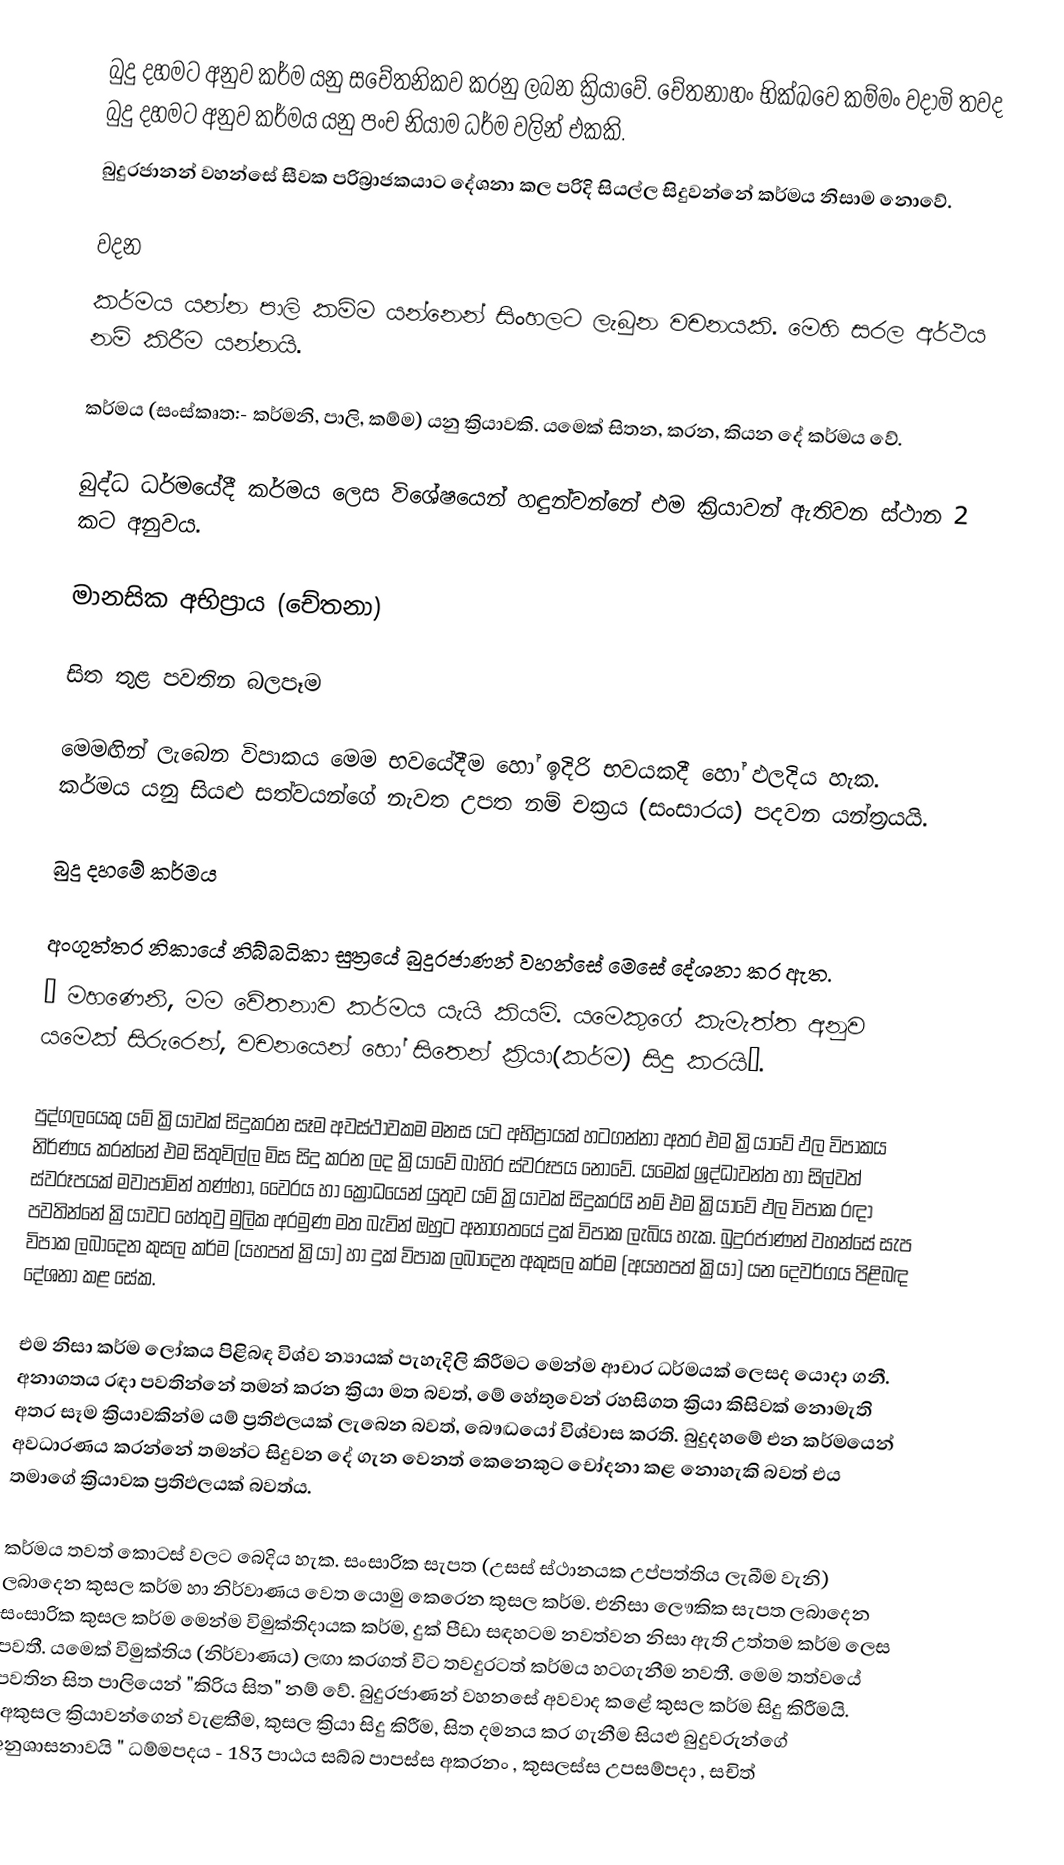
බුදු දහමට අනුව කර්ම යනු සචේතනිකව කරනු ලබන ක්‍රියාවේ. චේතනාහං භික්ඛවෙ කම්මං වදාමි  තවද බුදු දහමට අනුව කර්මය යනු පංච නියාම ධර්ම වලින් එකකි.
 බුදුරජානන් වහන්සේ සීවක පරිබ්‍රාජකයාට දේශනා කල පරිදි සියල්ල සිදුවන්නේ කර්මය නිසාම නොවේ.

වදන
කර්මය යන්න පාලි කම්ම යන්නෙන් සිංහලට ලැබුන වචනයකි. මෙහි සරල අර්ථය නම් කිරීම යන්නයි.

කර්මය (සංස්කෘත:- කර්මනි, පාලි, කම්ම) යනු ක්‍රියාවකි. යමෙක් සිතන, කරන, කියන දේ කර්මය වේ.

බුද්ධ ධර්මයේදී කර්මය ලෙස විශේෂයෙන් හඳුන්වන්නේ එම ක්‍රියාවන් ඇතිවන ස්ථාන 2 කට අනුවය.

	මානසික අභිප්‍රාය (චේතනා)

	සිත තුළ පවතින බලපෑම

මෙමඟින් ලැබෙන විපාකය මෙම භවයේදීම හෝ ඉදිරි භවයකදී හෝ ඵලදිය හැක. කර්මය යනු සියළු සත්වයන්ගේ නැවත උපත නම් චක්‍රය (සංසාරය) පදවන යන්ත්‍රයයි.

බුදු දහමේ කර්මය

අංගුත්තර නිකායේ නිබ්බධිකා සුත්‍රයේ බුදුරජාණන් වහන්සේ මෙසේ දේශනා කර ඇත.
“ මහණෙනි, මම වේතනාව කර්මය යැයි කියමි. යමෙකුගේ කැමැත්ත අනුව යමෙක් සිරුරෙන්, වචනයෙන් හෝ සිතෙන් ක්‍රියා(කර්ම) සිදු කරයි”.

පුද්ගලයෙකු යම් ක්‍රියාවක් සිදුකරන සෑම අවස්ථාවකම මනස යට අභිප්‍රායක් හටගන්නා අතර එම ක්‍රියාවේ ඵල විපාකය නිර්ණය කරන්නේ එම සිතුවිල්ල මිස සිදු කරන ලද ක්‍රියාවේ බාහිර ස්වරූපය නොවේ. යමෙක් ශ්‍රද්ධාවන්ත හා සිල්වත් ස්වරූපයක් මවාපාමින් තණ්හා, වෛරය හා ක්‍රෝධයෙන් යුතුව යම් ක්‍රියාවක් සිදුකරයි නම් එම ක්‍රියාවේ ඵල විපාක රඳා පවතින්නේ ක්‍රියාවට හේතුවු මුලික අරමුණ මත බැවින් ඔහුට අනාගතයේ දුක් විපාක ලැබිය හැක. බුදුරජාණන් වහන්සේ සැප විපාක ලබාදෙන කුසල කර්ම (යහපත් ක්‍රියා) හා දුක් විපාක ලබාදෙන අකුසල කර්ම (අයහපත් ක්‍රියා) යන දෙවර්ගය පිළිබඳ දේශනා කළ සේක.

එම නිසා කර්ම ලෝකය පිළිබඳ විශ්ව න්‍යායක් පැහැදිලි කිරීමට මෙන්ම ආචාර ධර්මයක් ලෙසද යොදා ගනී. අනාගතය රඳා පවතින්නේ තමන් කරන ක්‍රියා මත බවත්, මේ හේතුවෙන් රහසිගත ක්‍රියා කිසිවක් නොමැති අතර සෑම ක්‍රියාවකින්ම යම් ප්‍රතිඵලයක් ලැබෙන බවත්, බෞද්‍ධයෝ විශ්වාස කරති. බුදුදහමේ එන කර්මයෙන් අවධාරණය කරන්නේ තමන්ට සිදුවන දේ ගැන වෙනත් කෙනෙකුට චෝදනා කළ නොහැකි බවත් එය තමාගේ ක්‍රියාවක ප්‍රතිඵලයක් බවත්ය.

කර්මය තවත් කොටස් වලට බෙදිය හැක. සංසාරික සැපත (උසස් ස්ථානයක උප්පත්තිය ලැබීම වැනි) ලබාදෙන කුසල කර්ම හා නිර්වාණය වෙත යොමු කෙරෙන කුසල කර්ම. එනිසා ලෞකික සැපත ලබාදෙන සංසාරික කුසල කර්ම මෙන්ම විමුක්තිදායක කර්ම, දුක් පීඩා සඳහටම නවත්වන නිසා ඇති උත්තම කර්ම ලෙස පවතී. ‍යමෙක් විමුක්තිය (නිර්වාණය) ලඟා කරගත් විට තවදුරටත් කර්මය හටගැනීම නවතී. මෙම තත්වයේ පවතින සිත පාලියෙන් "කිරිය සිත" නම් වේ. බුදුරජාණන් වහනසේ අවවාද කළේ කුසල කර්ම සිදු කිරීමයි. "අකුසල ක්‍රියාවන්ගෙන් වැළකීම, කුසල ක්‍රියා සිදු කිරීම, සිත දමනය කර ගැනීම සියළු බුදුවරුන්ගේ අනුශාසනාවයි " ධම්මපදය - 183 පාඨය සබ්බ පාපස්ස අකරනං , කුසලස්ස උපසම්පදා , සචිත්